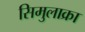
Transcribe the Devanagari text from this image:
सिमुलाक्रा